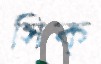
সিক্